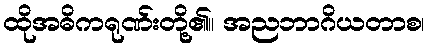
ထိုအဓိကရုဏ်းတို့၏။ အညဘာဂိယတာစ၊